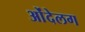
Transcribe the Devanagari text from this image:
ओंदेलग